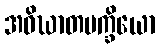
အဝိဃာတပက္ခိယော